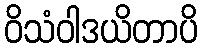
ဝိသံဝါဒယိတာပိ